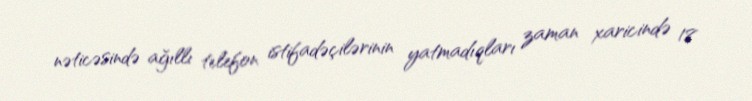
nəticəsində ağıllı telefon istifadəçilərinin yatmadıqları zaman xaricində 18